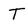
Character: T